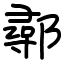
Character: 鄩